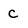
Character: C